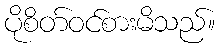
ပိုစိတ်ဝင်စားမိသည်။